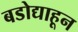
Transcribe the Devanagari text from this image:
बडोद्याहून